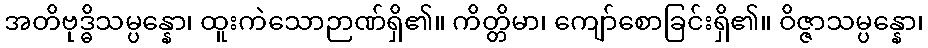
အတိဗုဒ္ဓိသမ္ပန္နော၊ ထူးကဲသောဉာဏ်ရှိ၏။ ကိတ္တိမာ၊ ကျော်စောခြင်းရှိ၏။ ဝိဇ္ဇာသမ္ပန္နော၊